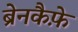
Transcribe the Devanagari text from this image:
ब्रेनकैफ़े